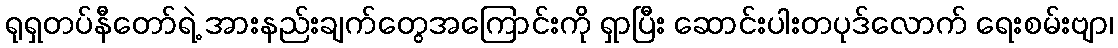
ရုရှတပ်နီတော်ရဲ့ အားနည်းချက်တွေအကြောင်းကို ရှာပြီး ဆောင်းပါးတပုဒ်လောက် ရေးစမ်းဗျာ၊